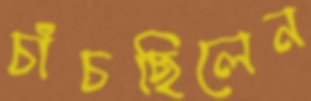
চাঁচছিলেন